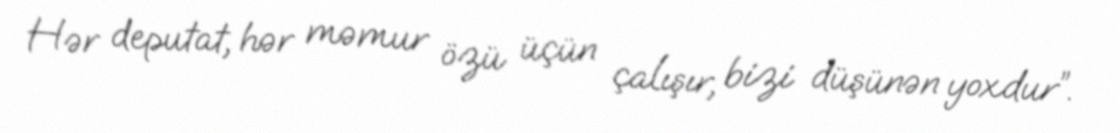
Hər deputat, hər məmur özü üçün çalışır, bizi düşünən yoxdur”.